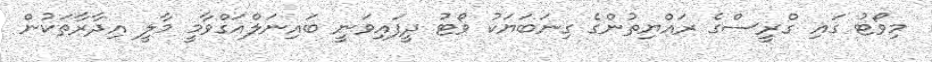
މިވޯޓު ގައި ގްރީސްގެ ރައްޔިތުންގެ ގިނަބަޔަކު ވޯޓު ދީފައިވަނީ ބައިނަލްއަގްވާމީ މާލީ އިދާރާތަކުން